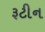
રૂટીન